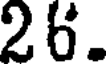
26.